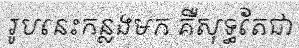
រូបនេះកន្លងមក គឺសុទ្ធតែជា